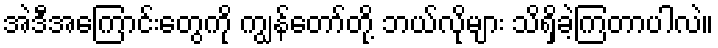
အဲဒီအကြောင်းတွေကို ကျွန်တော်တို့ ဘယ်လိုများ သိရှိခဲ့ကြတာပါလဲ။